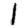
Digit: 1